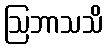
ဩဘာသသိ